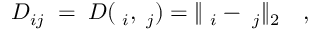
D _ { i j } \; = \; D ( { \bf \chi } _ { i } , { \bf \chi } _ { j } ) = \| { \bf \chi } _ { i } - { \bf \chi } _ { j } \| _ { 2 } \quad ,